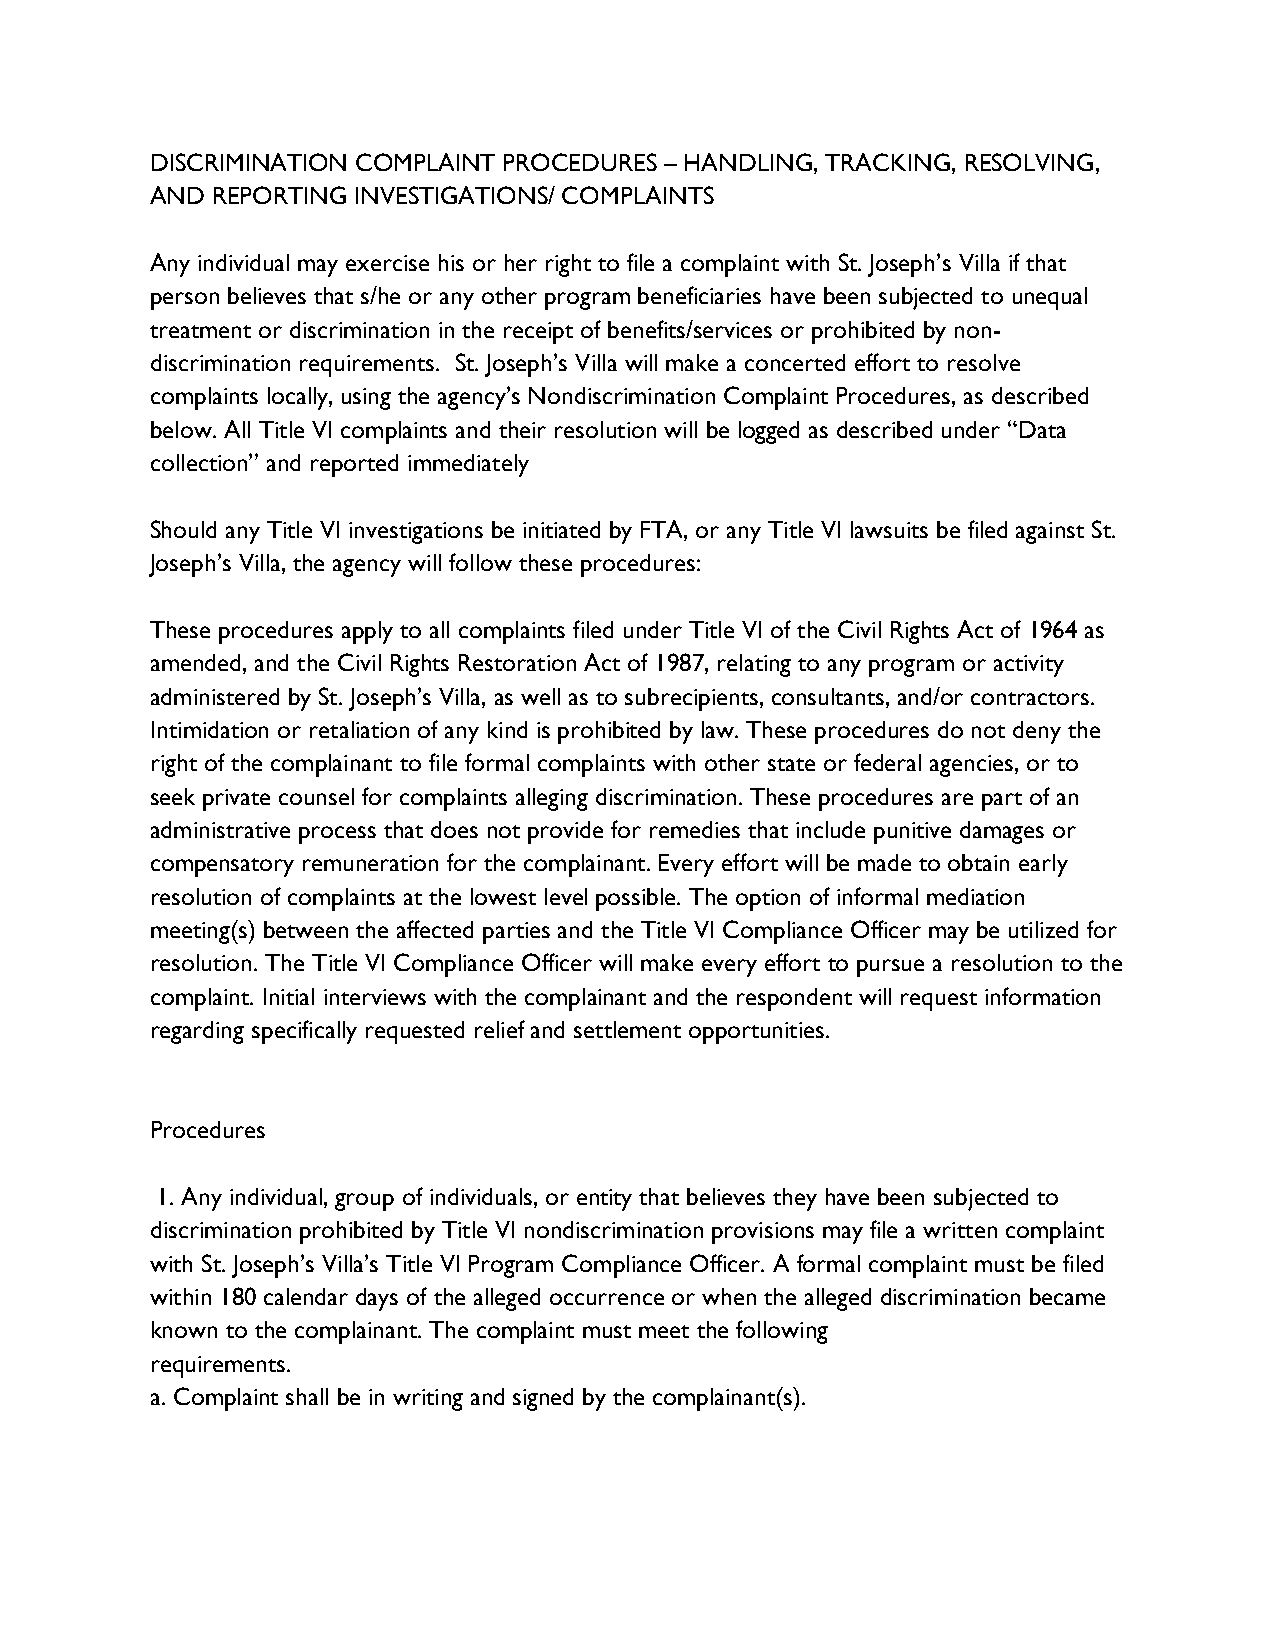
DISCRIMINATION COMPLAINT PROCEDURES – HANDLING, TRACKING, RESOLVING,
 AND REPORTING INVESTIGATIONS/ COMPLAINTS
 Any individual may exercise his or her right to file a complaint with St. Joseph’s Villa if that
 person believes that s/he or any other program beneficiaries have been subjected to unequal
 treatment or discrimination in the receipt of benefits/services or prohibited by non-
 discrimination requirements. St. Joseph’s Villa will make a concerted effort to resolve
 complaints locally, using the agency’s Nondiscrimination Complaint Procedures, as described
 below. All Title VI complaints and their resolution will be logged as described under “Data
 collection” and reported immediately
 Should any Title VI investigations be initiated by FTA, or any Title VI lawsuits be filed against St.
 Joseph’s Villa, the agency will follow these procedures:
 These procedures apply to all complaints filed under Title VI of the Civil Rights Act of 1964 as
 amended, and the Civil Rights Restoration Act of 1987, relating to any program or activity
 administered by St. Joseph’s Villa, as well as to subrecipients, consultants, and/or contractors.
 Intimidation or retaliation of any kind is prohibited by law. These procedures do not deny the
 right of the complainant to file formal complaints with other state or federal agencies, or to
 seek private counsel for complaints alleging discrimination. These procedures are part of an
 administrative process that does not provide for remedies that include punitive damages or
 compensatory remuneration for the complainant. Every effort will be made to obtain early
 resolution of complaints at the lowest level possible. The option of informal mediation
 meeting(s) between the affected parties and the Title VI Compliance Officer may be utilized for
 resolution. The Title VI Compliance Officer will make every effort to pursue a resolution to the
 complaint. Initial interviews with the complainant and the respondent will request information
 regarding specifically requested relief and settlement opportunities.
 Procedures
 1. Any individual, group of individuals, or entity that believes they have been subjected to
 discrimination prohibited by Title VI nondiscrimination provisions may file a written complaint
 with St. Joseph’s Villa’s Title VI Program Compliance Officer. A formal complaint must be filed
 within 180 calendar days of the alleged occurrence or when the alleged discrimination became
 known to the complainant. The complaint must meet the following
 requirements.
 a. Complaint shall be in writing and signed by the complainant(s).